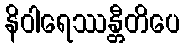
နိဝါရေဿန္တီတိပေ